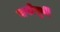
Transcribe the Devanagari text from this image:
वर्षापूर्बी